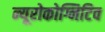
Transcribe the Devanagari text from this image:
न्यूरोकोग्निटिव